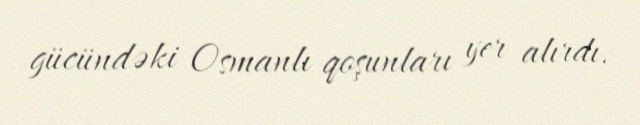
gücündəki Osmanlı qoşunları yer alırdı.